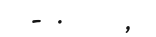
- .